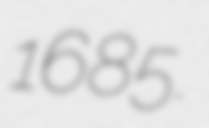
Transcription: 1685.